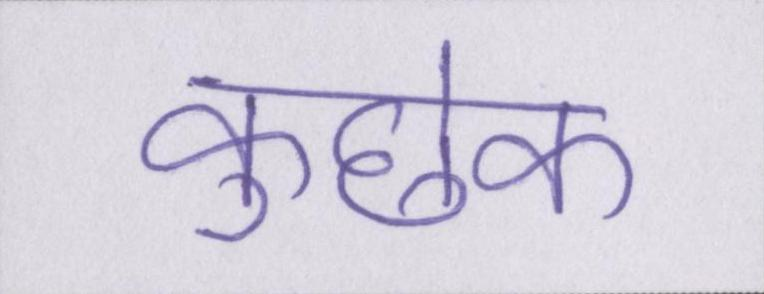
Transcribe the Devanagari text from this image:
कुछेक